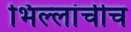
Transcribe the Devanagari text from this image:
भिल्लांचीच